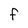
Character: f